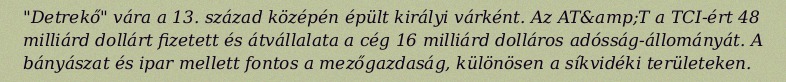
"Detrekő" vára a 13. század középén épült királyi várként. Az AT&amp;T a TCI-ért 48 milliárd dollárt fizetett és átvállalata a cég 16 milliárd dolláros adósság-állományát. A bányászat és ipar mellett fontos a mezőgazdaság, különösen a síkvidéki területeken.